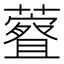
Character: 𫊀